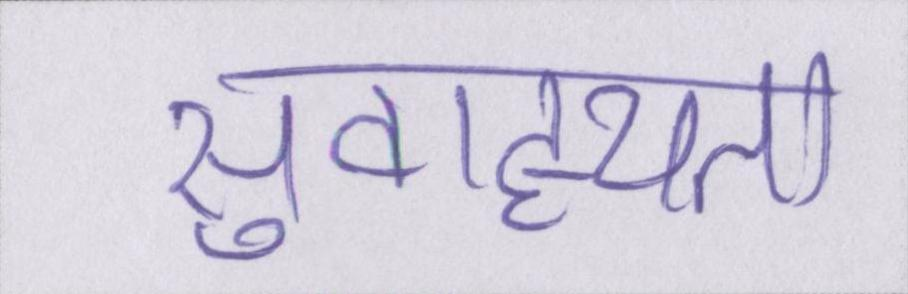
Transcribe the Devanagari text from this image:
सुवाह्यता